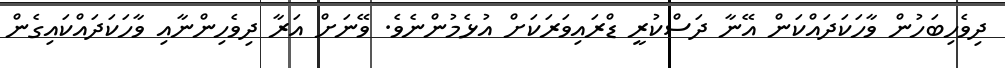
ދިވެހިބަހުން ވާހަކަދައްކަން އޭނާ ދަސްކުރީ ޑްރައިވަރަކަށް އުޅެމުންނެވެ. ވޭނަށް އަރާ ދިވެހިންނާއި ވާހަކަދައްކައިގެން